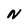
Character: N